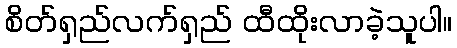
စိတ်ရှည်လက်ရှည် ထီထိုးလာခဲ့သူပါ။